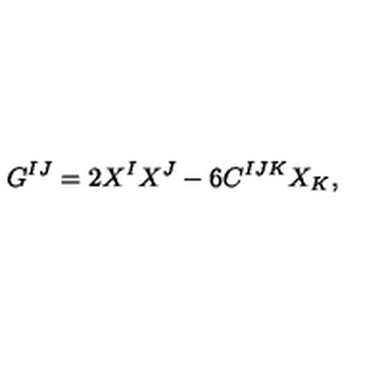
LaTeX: G ^ { I J } = 2 X ^ { I } X ^ { J } - 6 C ^ { I J K } X _ { K } ,